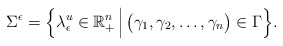
\begin{align*} \Sigma^{\epsilon} = \Bigl\{ \lambda_{\epsilon}^{u} \in \mathbb{R}_{+}^n \, \Bigl \vert \, \bigl(\gamma_1, \gamma_2, \ldots, \gamma_n \bigr) \in \Gamma \Bigr\}. \end{align*}